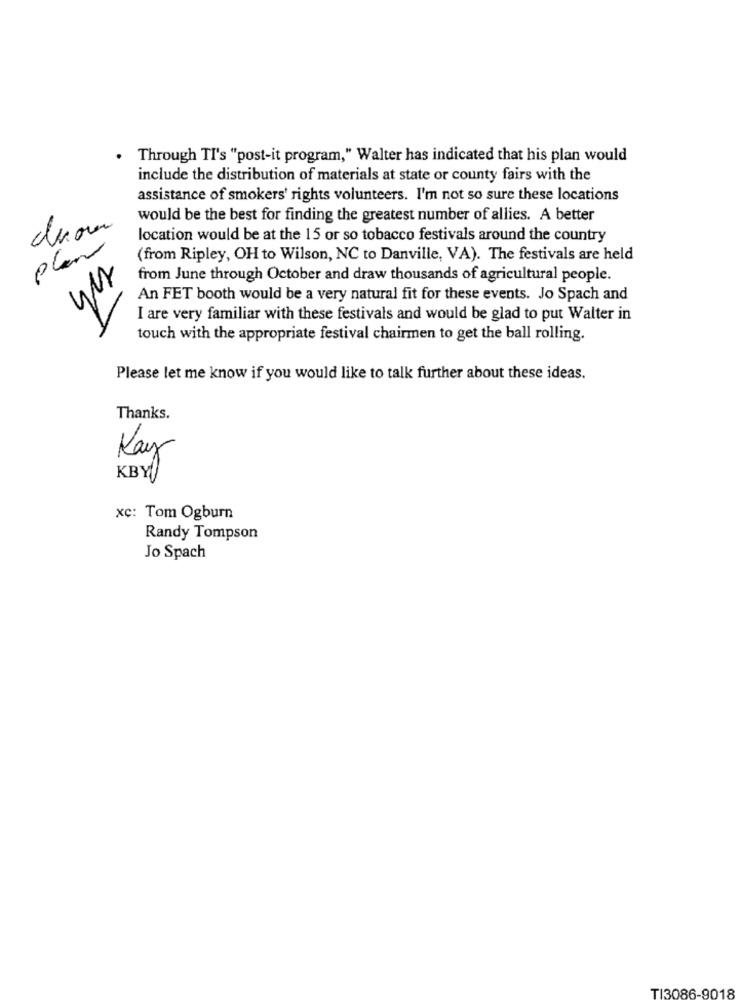
Through TI's "post-it program," Walter has indicated that his plan would
include the distribution of materials at state or county fairs with the
assistance of smokers' rights volunteers. I'm not so sure these locations
would be the best for finding the greatest number of allies. A better
location would be at the 15 or so tobacco festivals around the country
plan
(from Ripley, OH to Wilson, NC to Danville, VA). The festivals are held
from June through October and draw thousands of agricultural people.
An FET booth would be a very natural fit for these events. Jo Spach and
I are very familiar with these festivals and would be glad to put Walter in
touch with the appropriate festival chairmen to get the ball rolling.
Please let me know if you would like to talk further about these ideas.
Thanks.
Kay
KBY
xc: Tom Ogburn
Randy Tompson
Jo Spach
TI3086-9018